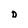
Character: D